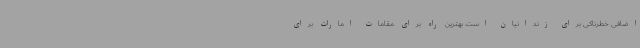
اضافی خطرناکی برای زندانیان است. بهترین راه برای مقامات امارات برای